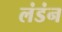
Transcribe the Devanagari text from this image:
लंडंन